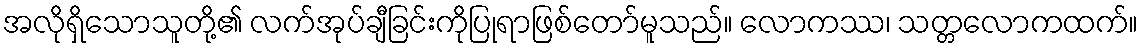
အလိုရှိသောသူတို့၏ လက်အုပ်ချီခြင်းကိုပြုရာဖြစ်တော်မူသည်။ လောကဿ၊ သတ္တလောကထက်။